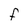
Character: F